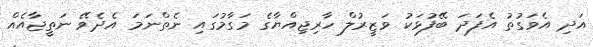
އަދި އެވަގުތު އެފަދަ ބޭފުޅަކު ވަޒީރުލް ހާރިޖިއްޔާގެ މަގާމުގައި ނެތްނަމަ އެދެވޭ ނަތީޖާއެއް